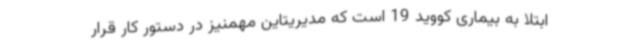
ابتلا به بیماری کووید 19 است که مدیریتاین مهمنیز در دستور کار قرار